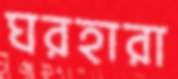
ঘরহারা